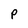
Character: P